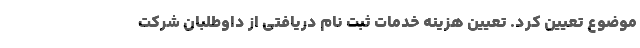
موضوع تعیین کرد. تعیین هزینه خدمات ثبت نام دریافتی از داوطلبان شرکت